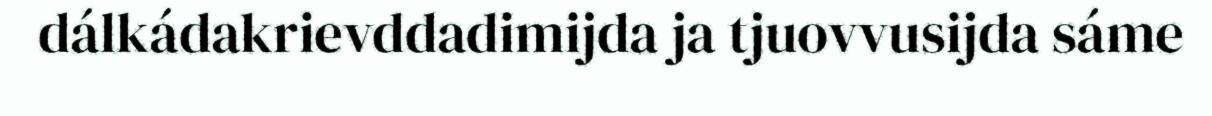
dálkádakrievddadimijda ja tjuovvusijda sáme